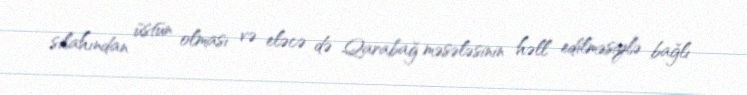
silahından üstün olması və eləcə də Qarabağ məsələsinin həll edilməsiylə bağlı